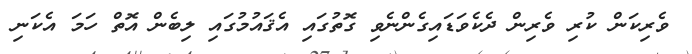
ވެރިކަން ކުރި ވެރިން ދެކެވަޑައިގެންނެވި ގޮތުގައި އެޤައުމުގައި ލިބެން އޮތް ހަމަ އެކަނި